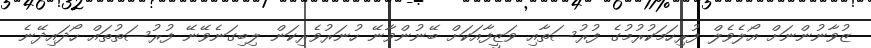
ޒުވާނުންނަށް އޯލެވެލް ފުރިހަމަކުރުމުގެ ފުރުސަތާއި ވަޒީފާއަކަށް ބޭނުންވާނޭ ހުނަރުވެރިކަން ލިބިގަނެވޭނޭ ފުރުސަތުތައް ހޯދައިދޭނެ